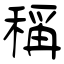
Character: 稱